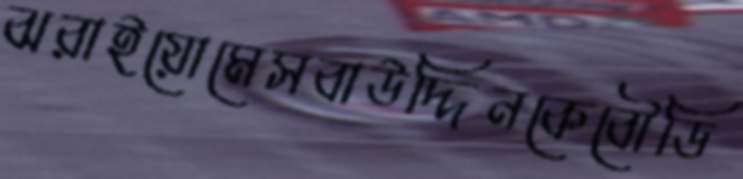
ঝরাইয়োমেসবাউদ্দিনকেবৌডি